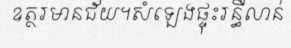
ឧត្ថរមានជ័យ។សំឡេងផ្ទុះរន្ធឺលាន់